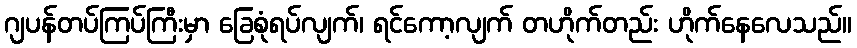
ဂျပန်တပ်ကြပ်ကြီးမှာ ခြေစုံရပ်လျက်၊ ရင်ကော့လျက် တဟိုက်တည်း ဟိုက်နေလေသည်။